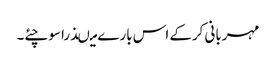
مہربانی کرکے اس بارے میںذرا سوچئے۔